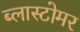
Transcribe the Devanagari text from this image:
ब्लास्टोमर